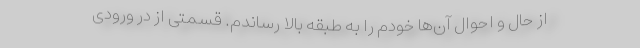
از حال و احوال آن‌ها خودم را به طبقه بالا رساندم. قسمتی از در ورودی